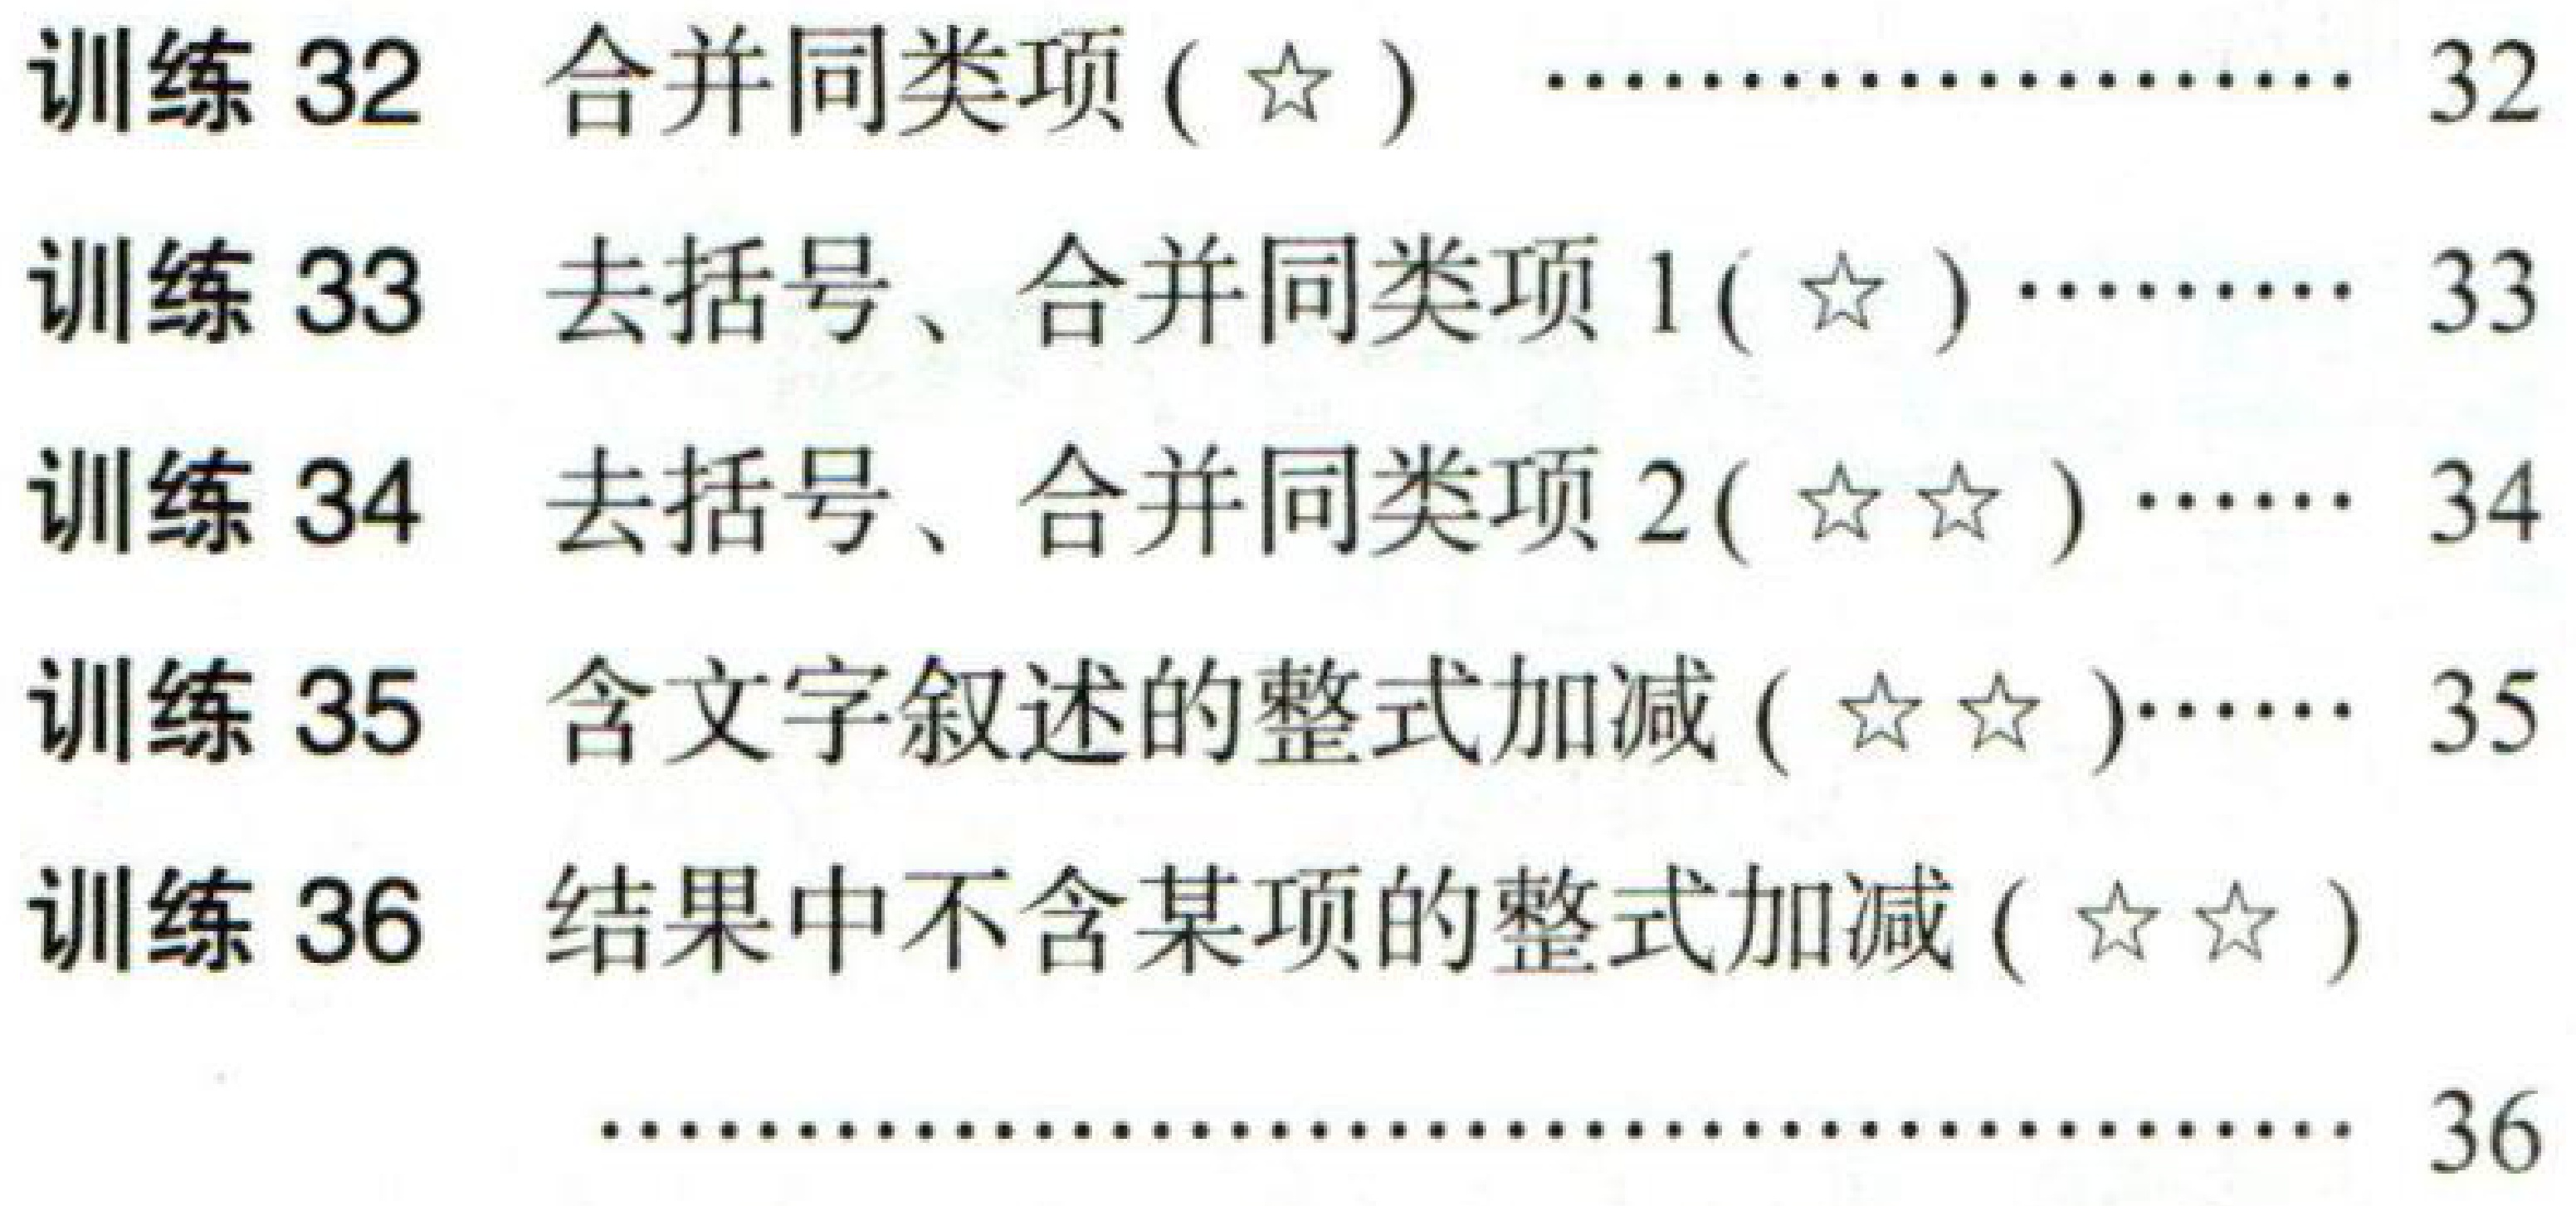
训练 32 合并同类项 ($\star$) ………………… 32\\

训练 33 去括号、合并同类项 1($\star$) ……… 33\\

训练 34 去括号、合并同类项 2($\star\star$) …… 34\\

训练 35 含文字叙述的整式加减 ($\star\star$)…… 35\\

训练 36 结果中不含某项的整式加减 ($\star\star$)\\

……………………………………………… 36